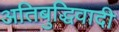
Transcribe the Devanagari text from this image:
अतिबुद्धिवादी